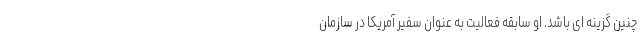
چنین گزینه ای باشد. او سابقه فعالیت به عنوان سفیر آمریکا در سازمان